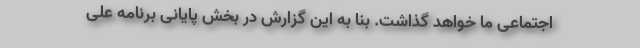
اجتماعی ما خواهد گذاشت. بنا به این گزارش در بخش پایانی برنامه علی